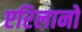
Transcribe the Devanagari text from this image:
एरिलानो